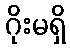
ဂိုးမရှိ